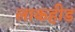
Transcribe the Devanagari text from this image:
लाकहीड